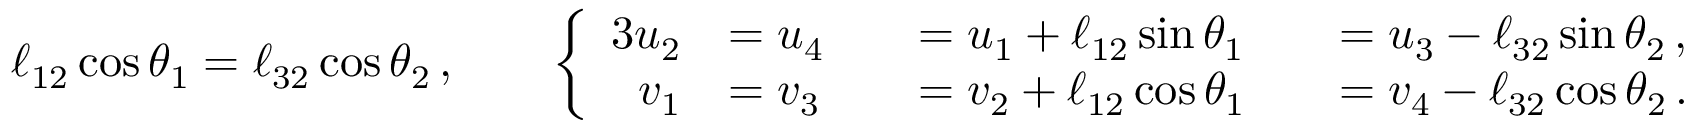
\ell _ { 1 2 } \cos { \theta } _ { 1 } = \ell _ { 3 2 } \cos { \theta } _ { 2 } \, , \qquad \left\{ \begin{array} { r l r l r l } { { 3 } \vphantom { f ^ { 2 } } u _ { 2 } } & { = u _ { 4 } } & & { = u _ { 1 } + \ell _ { 1 2 } \sin { \theta } _ { 1 } } & & { = u _ { 3 } - \ell _ { 3 2 } \sin { \theta } _ { 2 } \, , } \\ { v _ { 1 } } & { = v _ { 3 } } & & { = v _ { 2 } + \ell _ { 1 2 } \cos { \theta } _ { 1 } } & & { = v _ { 4 } - \ell _ { 3 2 } \cos { \theta } _ { 2 } \, . } \end{array} \right.